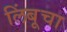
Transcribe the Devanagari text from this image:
लिंबूचा